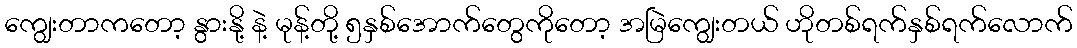
ကျွေးတာကတော့ နွားနို့ နဲ့ မုန့်တို့ ၅နှစ်အောက်တွေကိုတော့ အမြဲကျွေးတယ် ဟိုတစ်ရက်နှစ်ရက်လောက်